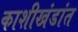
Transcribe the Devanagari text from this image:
काशीखंडांत